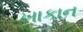
ખાકાન